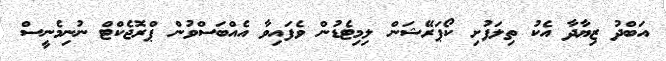
އަބްދު ޒިޔާދާ އެކު ތިލަފުށި ކޯޕަރޭޝަން ލިމިޓެޑުން ވެފައިވާ އެއްބަސްވުން ޕްރޮޖެކްޓް ނުނިމެނީސް